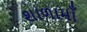
શાળામાઁ